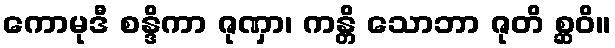
ကောမုဒီ စန္ဒိကာ ဇုဏှာ၊ ကန္တိ သောဘာ ဇုတိ စ္ဆဝိ။